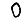
Digit: 0